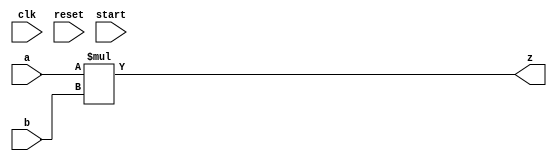
`timescale 1ns / 1ps


module MULTU(
    input clk,
    input reset,
    input start,
    input [31:0] a,
    input [31:0] b,
    output [63:0] z
//    output reg busy
    );
    
    wire [65:0] temp;
    assign temp={1'b0,a}*{1'b0,b};
    assign z=temp[63:0];
//// 
//    reg [63:0] temp;
////32    
//    reg [63:0] stored0;
//    reg [63:0] stored1;
//    reg [63:0] stored2;
//    reg [63:0] stored3;
//    reg [63:0] stored4;
//    reg [63:0] stored5;
//    reg [63:0] stored6;
//    reg [63:0] stored7;
//    reg [63:0] stored8;
//    reg [63:0] stored9;
//    reg [63:0] stored10;
//    reg [63:0] stored11;
//    reg [63:0] stored12;
//    reg [63:0] stored13;
//    reg [63:0] stored14;
//    reg [63:0] stored15;   
//    reg [63:0] stored16;
//    reg [63:0] stored17;
//    reg [63:0] stored18;
//    reg [63:0] stored19;
//    reg [63:0] stored20;
//    reg [63:0] stored21;
//    reg [63:0] stored22;
//    reg [63:0] stored23;
//    reg [63:0] stored24;
//    reg [63:0] stored25;
//    reg [63:0] stored26;
//    reg [63:0] stored27;
//    reg [63:0] stored28;
//    reg [63:0] stored29;
//    reg [63:0] stored30;
//    reg [63:0] stored31;   
////          
//    reg [63:0] add0_1;
//    reg [63:0] add2_3;
//    reg [63:0] add4_5;
//    reg [63:0] add6_7;
//    reg [63:0] add8_9;
//    reg [63:0] add10_11;
//    reg [63:0] add12_13;
//    reg [63:0] add14_15;
//    reg [63:0] add16_17;
//    reg [63:0] add18_19;
//    reg [63:0] add20_21;
//    reg [63:0] add22_23;
//    reg [63:0] add24_25;
//    reg [63:0] add26_27;
//    reg [63:0] add28_29;
//    reg [63:0] add30_31;    
//// 
//    reg [63:0] add0t1_2t3;
//    reg [63:0] add4t5_6t7;
//    reg [63:0] add8t9_10t11;
//    reg [63:0] add12t13_14t15;
//    reg [63:0] add16t17_18t19;
//    reg [63:0] add20t21_22t23;
//    reg [63:0] add24t25_26t27;
//    reg [63:0] add28t29_30t31;
////
//    reg [63:0] add0123_4567;
//    reg [63:0] add891011_12131415;
//    reg [63:0] add16171819_20212223;
//    reg [63:0] add24252627_28293031;   
////
//    reg [63:0] addP1;
//    reg [63:0] addP2;
//    reg [2:0] count;

//always @(negedge clk or negedge reset)
//begin
//// reset 
//if(reset) begin
//busy<=0;
//count<=0;

//temp <= 0;
//stored0 <= 0;
//stored1 <= 0;
//stored2 <= 0;
//stored3 <= 0;
//stored4 <= 0;
//stored5 <= 0;
//stored6 <= 0;
//stored7 <= 0;
//stored8 <= 0;
//stored9 <= 0;
//stored10 <= 0;
//stored11 <= 0;
//stored12 <= 0;
//stored13 <= 0;
//stored14 <= 0;
//stored15 <= 0;
//stored16 <= 0;
//stored17 <= 0;
//stored18 <= 0;
//stored19 <= 0;
//stored20 <= 0;
//stored21 <= 0;
//stored22 <= 0;
//stored23 <= 0;
//stored24 <= 0;
//stored25 <= 0;
//stored26 <= 0;
//stored27 <= 0;
//stored28 <= 0;
//stored29 <= 0;
//stored30 <= 0;
//stored31 <= 0;
////
//add0_1 <= 0;
//add2_3 <= 0;
//add4_5 <= 0;
//add6_7 <= 0;
//add8_9 <= 0;
//add10_11 <= 0;
//add12_13 <= 0;
//add14_15 <= 0;
//add16_17 <= 0;
//add18_19 <= 0;
//add20_21 <= 0;
//add22_23 <= 0;
//add24_25 <= 0;
//add26_27 <= 0;
//add28_29 <= 0;
//add30_31 <= 0;

//add0t1_2t3 <= 0;
//add4t5_6t7 <= 0;
//add8t9_10t11 <= 0;
//add12t13_14t15 <= 0;
//add16t17_18t19 <= 0;
//add20t21_22t23 <= 0;
//add24t25_26t27 <= 0;
//add28t29_30t31 <= 0;

//add0123_4567 <= 0;
//add891011_12131415 <= 0;
//add16171819_20212223 <= 0;
//add24252627_28293031 <= 0;

//addP1 <= 0;
//addP2 <= 0;
//end
//else if (start&&(!busy))begin
//busy<=1;
//end
//else if(busy)begin
//count<= count + 1'b1;
//if(count==6)busy<=0;

//stored0 <= b[0]? {32'b0, a} : 64'b0;
//stored1 <= b[1]? {31'b0, a, 1'b0} :64'b0;
//stored2 <= b[2]? {30'b0, a, 2'b0} :64'b0;
//stored3 <= b[3]? {29'b0, a, 3'b0} :64'b0;
//stored4 <= b[4]? {28'b0, a, 4'b0} :64'b0;
//stored5 <= b[5]? {27'b0, a, 5'b0} :64'b0;
//stored6 <= b[6]? {26'b0, a, 6'b0} :64'b0;
//stored7 <= b[7]? {25'b0, a, 7'b0} :64'b0;
//stored8 <= b[8]? {24'b0, a, 8'b0} :64'b0;
//stored9 <= b[9]? {23'b0, a, 9'b0} :64'b0;
//stored10 <= b[10]? {22'b0, a, 10'b0} :64'b0;
//stored11 <= b[11]? {21'b0, a, 11'b0} :64'b0;
//stored12 <= b[12]? {20'b0, a, 12'b0} :64'b0;
//stored13 <= b[13]? {19'b0, a, 13'b0} :64'b0;
//stored14 <= b[14]? {18'b0, a, 14'b0} :64'b0;
//stored15 <= b[15]? {17'b0, a, 15'b0} :64'b0;
//stored16 <= b[16]? {16'b0, a, 16'b0} :64'b0;
//stored17 <= b[17]? {15'b0, a, 17'b0} :64'b0;
//stored18 <= b[18]? {14'b0, a, 18'b0} :64'b0;
//stored19 <= b[19]? {13'b0, a, 19'b0} :64'b0;
//stored20 <= b[20]? {12'b0, a, 20'b0} :64'b0;
//stored21 <= b[21]? {11'b0, a, 21'b0} :64'b0;
//stored22 <= b[22]? {10'b0, a, 22'b0} :64'b0;
//stored23 <= b[23]? {9'b0, a, 23'b0} :64'b0;
//stored24 <= b[24]? {8'b0, a, 24'b0} :64'b0;
//stored25 <= b[25]? {7'b0, a, 25'b0} :64'b0;
//stored26 <= b[26]? {6'b0, a, 26'b0} :64'b0;
//stored27 <= b[27]? {5'b0, a, 27'b0} :64'b0;
//stored28 <= b[28]? {4'b0, a, 28'b0} :64'b0;
//stored29 <= b[29]? {3'b0, a, 29'b0} :64'b0;
//stored30 <= b[30]? {2'b0, a, 30'b0} :64'b0;
//stored31 <= b[31]? {1'b0, a, 31'b0} :64'b0;
////
//add0_1 <= stored0 + stored1;
//add2_3 <= stored2 + stored3;
//add4_5 <= stored4 + stored5;
//add6_7 <= stored6 + stored7;
//add8_9 <= stored8 + stored9;
//add10_11 <= stored10 + stored11;
//add12_13 <= stored12 + stored13;
//add14_15 <= stored14 + stored15;
//add16_17 <= stored16 + stored17;
//add18_19 <= stored18 + stored19;
//add20_21 <= stored20 + stored21;
//add22_23 <= stored22 + stored23;
//add24_25 <= stored24 + stored25;
//add26_27 <= stored26 + stored27;
//add28_29 <= stored28 + stored29;
//add30_31 <= stored30 + stored31;
////
//add0t1_2t3 <= add0_1 + add2_3;
//add4t5_6t7 <= add4_5 + add6_7;
//add8t9_10t11 <= add8_9 + add10_11;
//add12t13_14t15 <= add12_13 + add14_15;
//add16t17_18t19 <= add16_17 + add18_19;
//add20t21_22t23 <= add20_21 + add22_23;
//add24t25_26t27 <= add24_25 + add26_27;
//add28t29_30t31 <= add28_29 + add30_31;
////
//add0123_4567 <= add0t1_2t3 + add4t5_6t7;
//add891011_12131415 <= add8t9_10t11 + add12t13_14t15;
//add16171819_20212223 <= add16t17_18t19 + add20t21_22t23;
//add24252627_28293031 <= add24t25_26t27 + add28t29_30t31;
////
//addP1 <= add0123_4567 + add891011_12131415;
//addP2 <= add16171819_20212223 + add24252627_28293031;

//temp <=  addP1 + addP2;
//end
//end
//assign z = temp;
endmodule